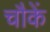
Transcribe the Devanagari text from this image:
चौकें